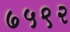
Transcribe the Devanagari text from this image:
७५९२